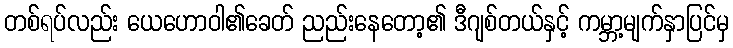
တစ်ရပ်လည်း ယေဟောဝါ၏ခေတ် ညည်းနေတော့၏ ဒီဂျစ်တယ်နှင့် ကမ္ဘာ့မျက်နှာပြင်မှ